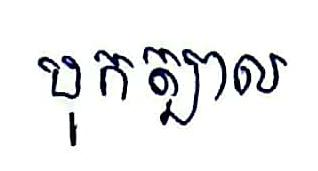
បុកត្បាល